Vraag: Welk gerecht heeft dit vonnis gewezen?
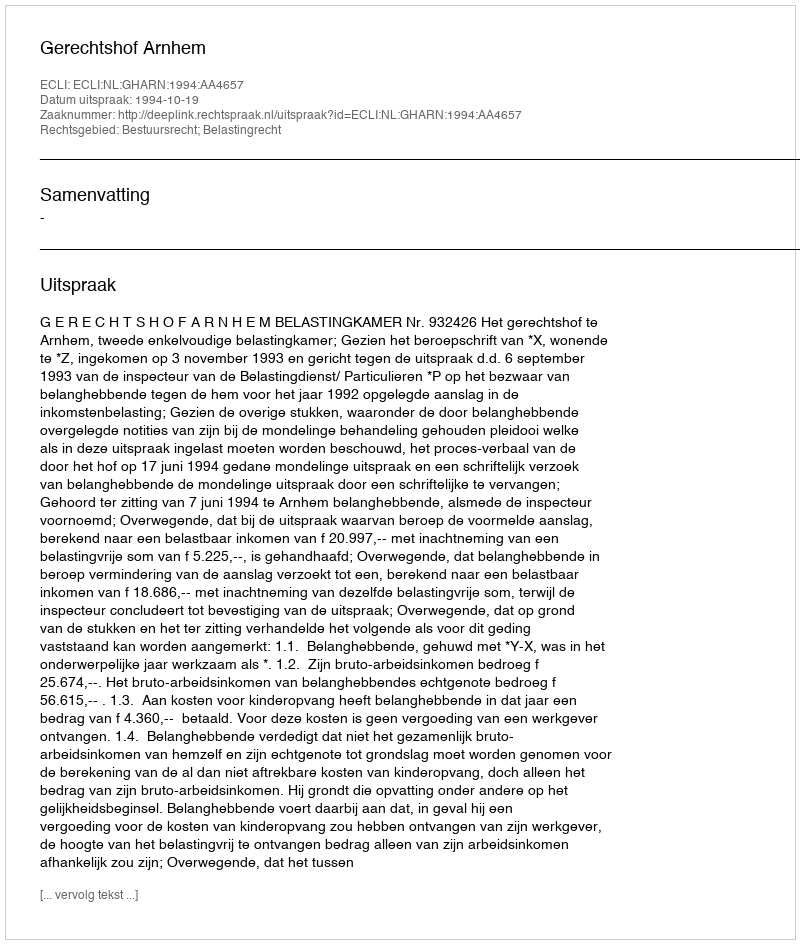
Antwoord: Gerechtshof Arnhem